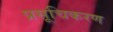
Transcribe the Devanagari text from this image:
प्रसूचिकरण